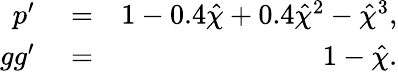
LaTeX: \begin{array}{rlr}{p^{\prime}}&{{}=}&{1-0.4\hat{\chi}+0.4\hat{\chi}^{2}-\hat{\chi}^{3},}\\ {gg^{\prime}}&{{}=}&{1-\hat{\chi}.}\end{array}